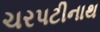
ચરપટીનાથ